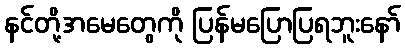
နင်တို့အမေတွေကို ပြန်မပြောပြရဘူးနော်